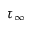
\tau _ { \infty }